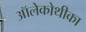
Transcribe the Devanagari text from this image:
ऑलेकोथीका